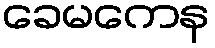
ခေမကေန